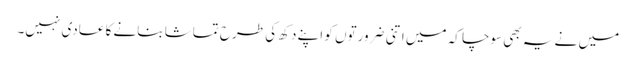
میں نے یہ بھی سوچا کہ میں اتنی ضرورتوں کو اپنے دکھ کی طرح تماشا بنانے کا عادی نہیں۔